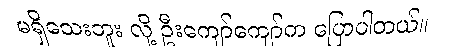
မရှိသေးဘူး လို့ ဦးကျော်ကျော်က ပြောပါတယ်။